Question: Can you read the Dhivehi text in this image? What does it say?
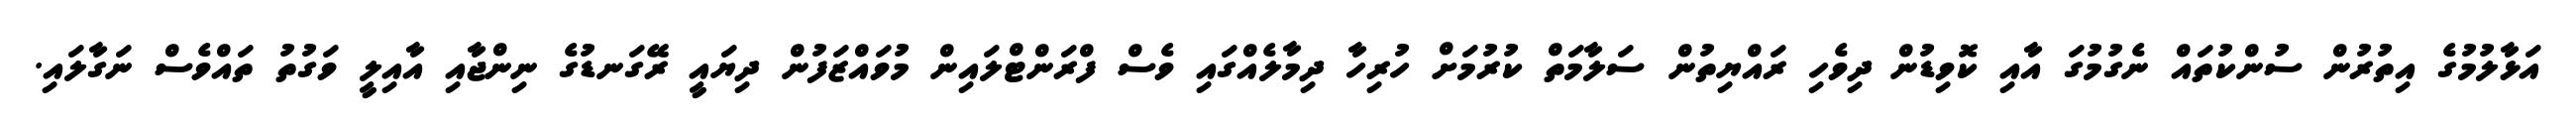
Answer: އަޅާލުމުގެ އިތުރުން ސުންކުތައް ނެގުމުގަ އާއި ކޮވިޑުން ދިވެހި ރައްޔިތުން ސަލާމަތް ކުރުމަށް ހުރިހާ ދިމާލެއްގައި ވެސް ފްރަންޓްލައިން މުވައްޒަފުން ދިޔައީ ރޭގަނޑުގެ ނިންޖާއި އާއިލީ ވަގުތު ތައްވެސް ނަގާލައި.